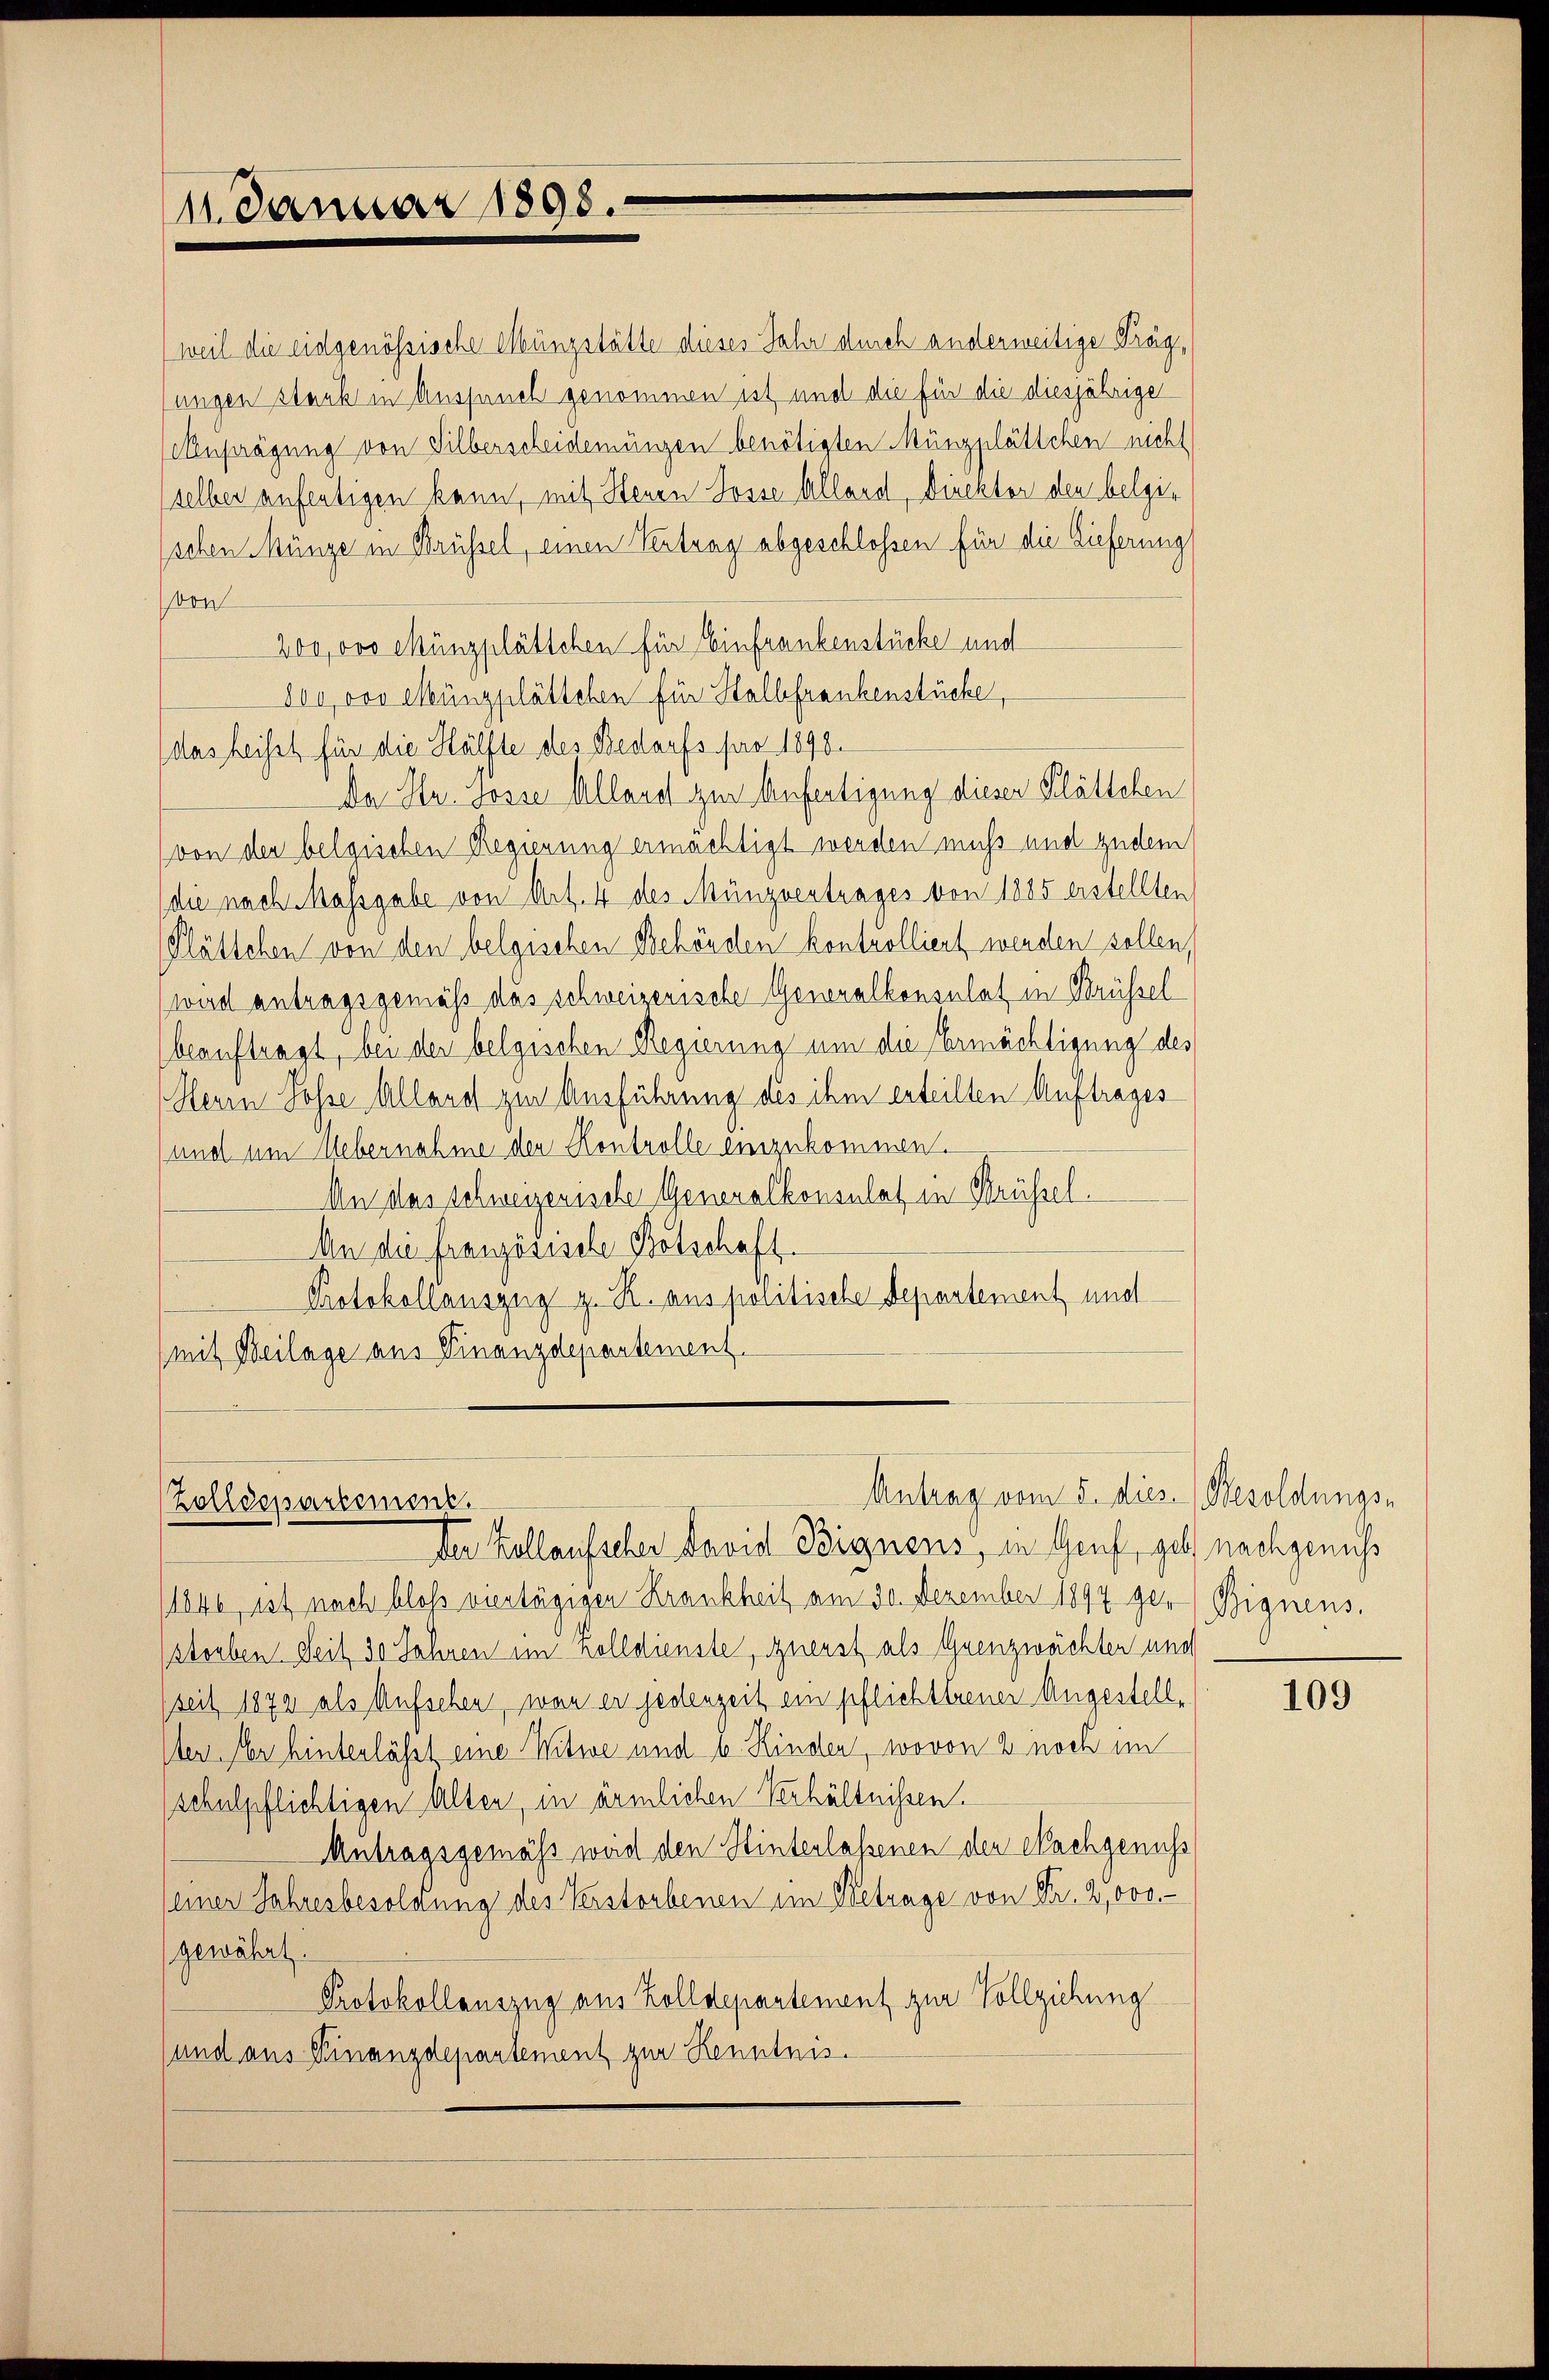
11. Januar 1898.

von
200,000 Münzplättchen für Einfrankenstücke und
800 vor Münzplättelen für Halbfrankenstücke,
das heisst für die Hälfte des Bedarfs pro 1890.
Da Hr. Josse Allere zur Anfertigung dieser Plättchen
von den belgischen Regierung ermächtigt werden muss und zudem
(die nach Massgabe von Art. 4 des Münzvertrages von 1885 erstellten
Plättchen von den belgischen Behörden kontrolliert werden sollen,
wird antragsgemäß das schweizerische Generalkonsulat in Brüssel
beauftragt, bei der belgischen Regierung um die Ermächtigung des
Herrn Posse Allers zur Ausführung des ihm erteilten Auftrages
und um Uebernahme der Kontrolle einzukommen.
An das Schweizerische Generalkonsulat in Brüssel.
An die französische Botschaft.
Protokollauszug z. R. aus politische Departement und
(mit Beilage aus Finanzdepartement.

weil die eidgenössische Müngstätte dieses Jahr durch anderweitige Prag,
sungen stark in Ausfauch genommen ist, und die für die diesjährige
Aenprägung von Silberscheidemünzen benötigten Münzplättchen nicht
selben anfeutigen kann, mit Herrn Josse Allard, Direktor den belgischen Münze in Brüssel, einen Vertrag abgeschlossen für die Lieferung

Antrag vom 5. dies. Besoldungs-
Zolldepartement.
Der Kollaufscher David Bignens, in Genf, geht nachgenuss

1840, ist nach bloss viertägigen Krankheit am 30. Dezember 1894 ger Bignens.
storben Seit 30 Jahren im Zolldienste, zuerst als Grenzwachten und
seit 1872 als Aufsehen, wan er jedenzeit ein pflichttreuer Angestell¬
Der Aber hinterlässt eine Witwe und b. Kinden, wovon 2 noch im
schulpflichtigen Alten, in ärmlichen Verhältnissen.
Antragsgemäss weid den Hinterlassenen der Nachgenuss
einer Jahresbesoldung des Verstorbenen im Betrage von Fr. 2,000.-
gewährt:
Protokollauszug aus Zolldepartement zur Vollziehung
(und aus Finanzdepartement zur Kenntnis.

109